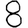
Digit: 8